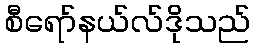
စီရော်နယ်လ်ဒိုသည်